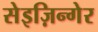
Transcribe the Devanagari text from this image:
सेइज़िन्गेर